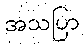
အသပြာ